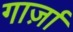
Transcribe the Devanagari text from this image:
गार्ज़ा